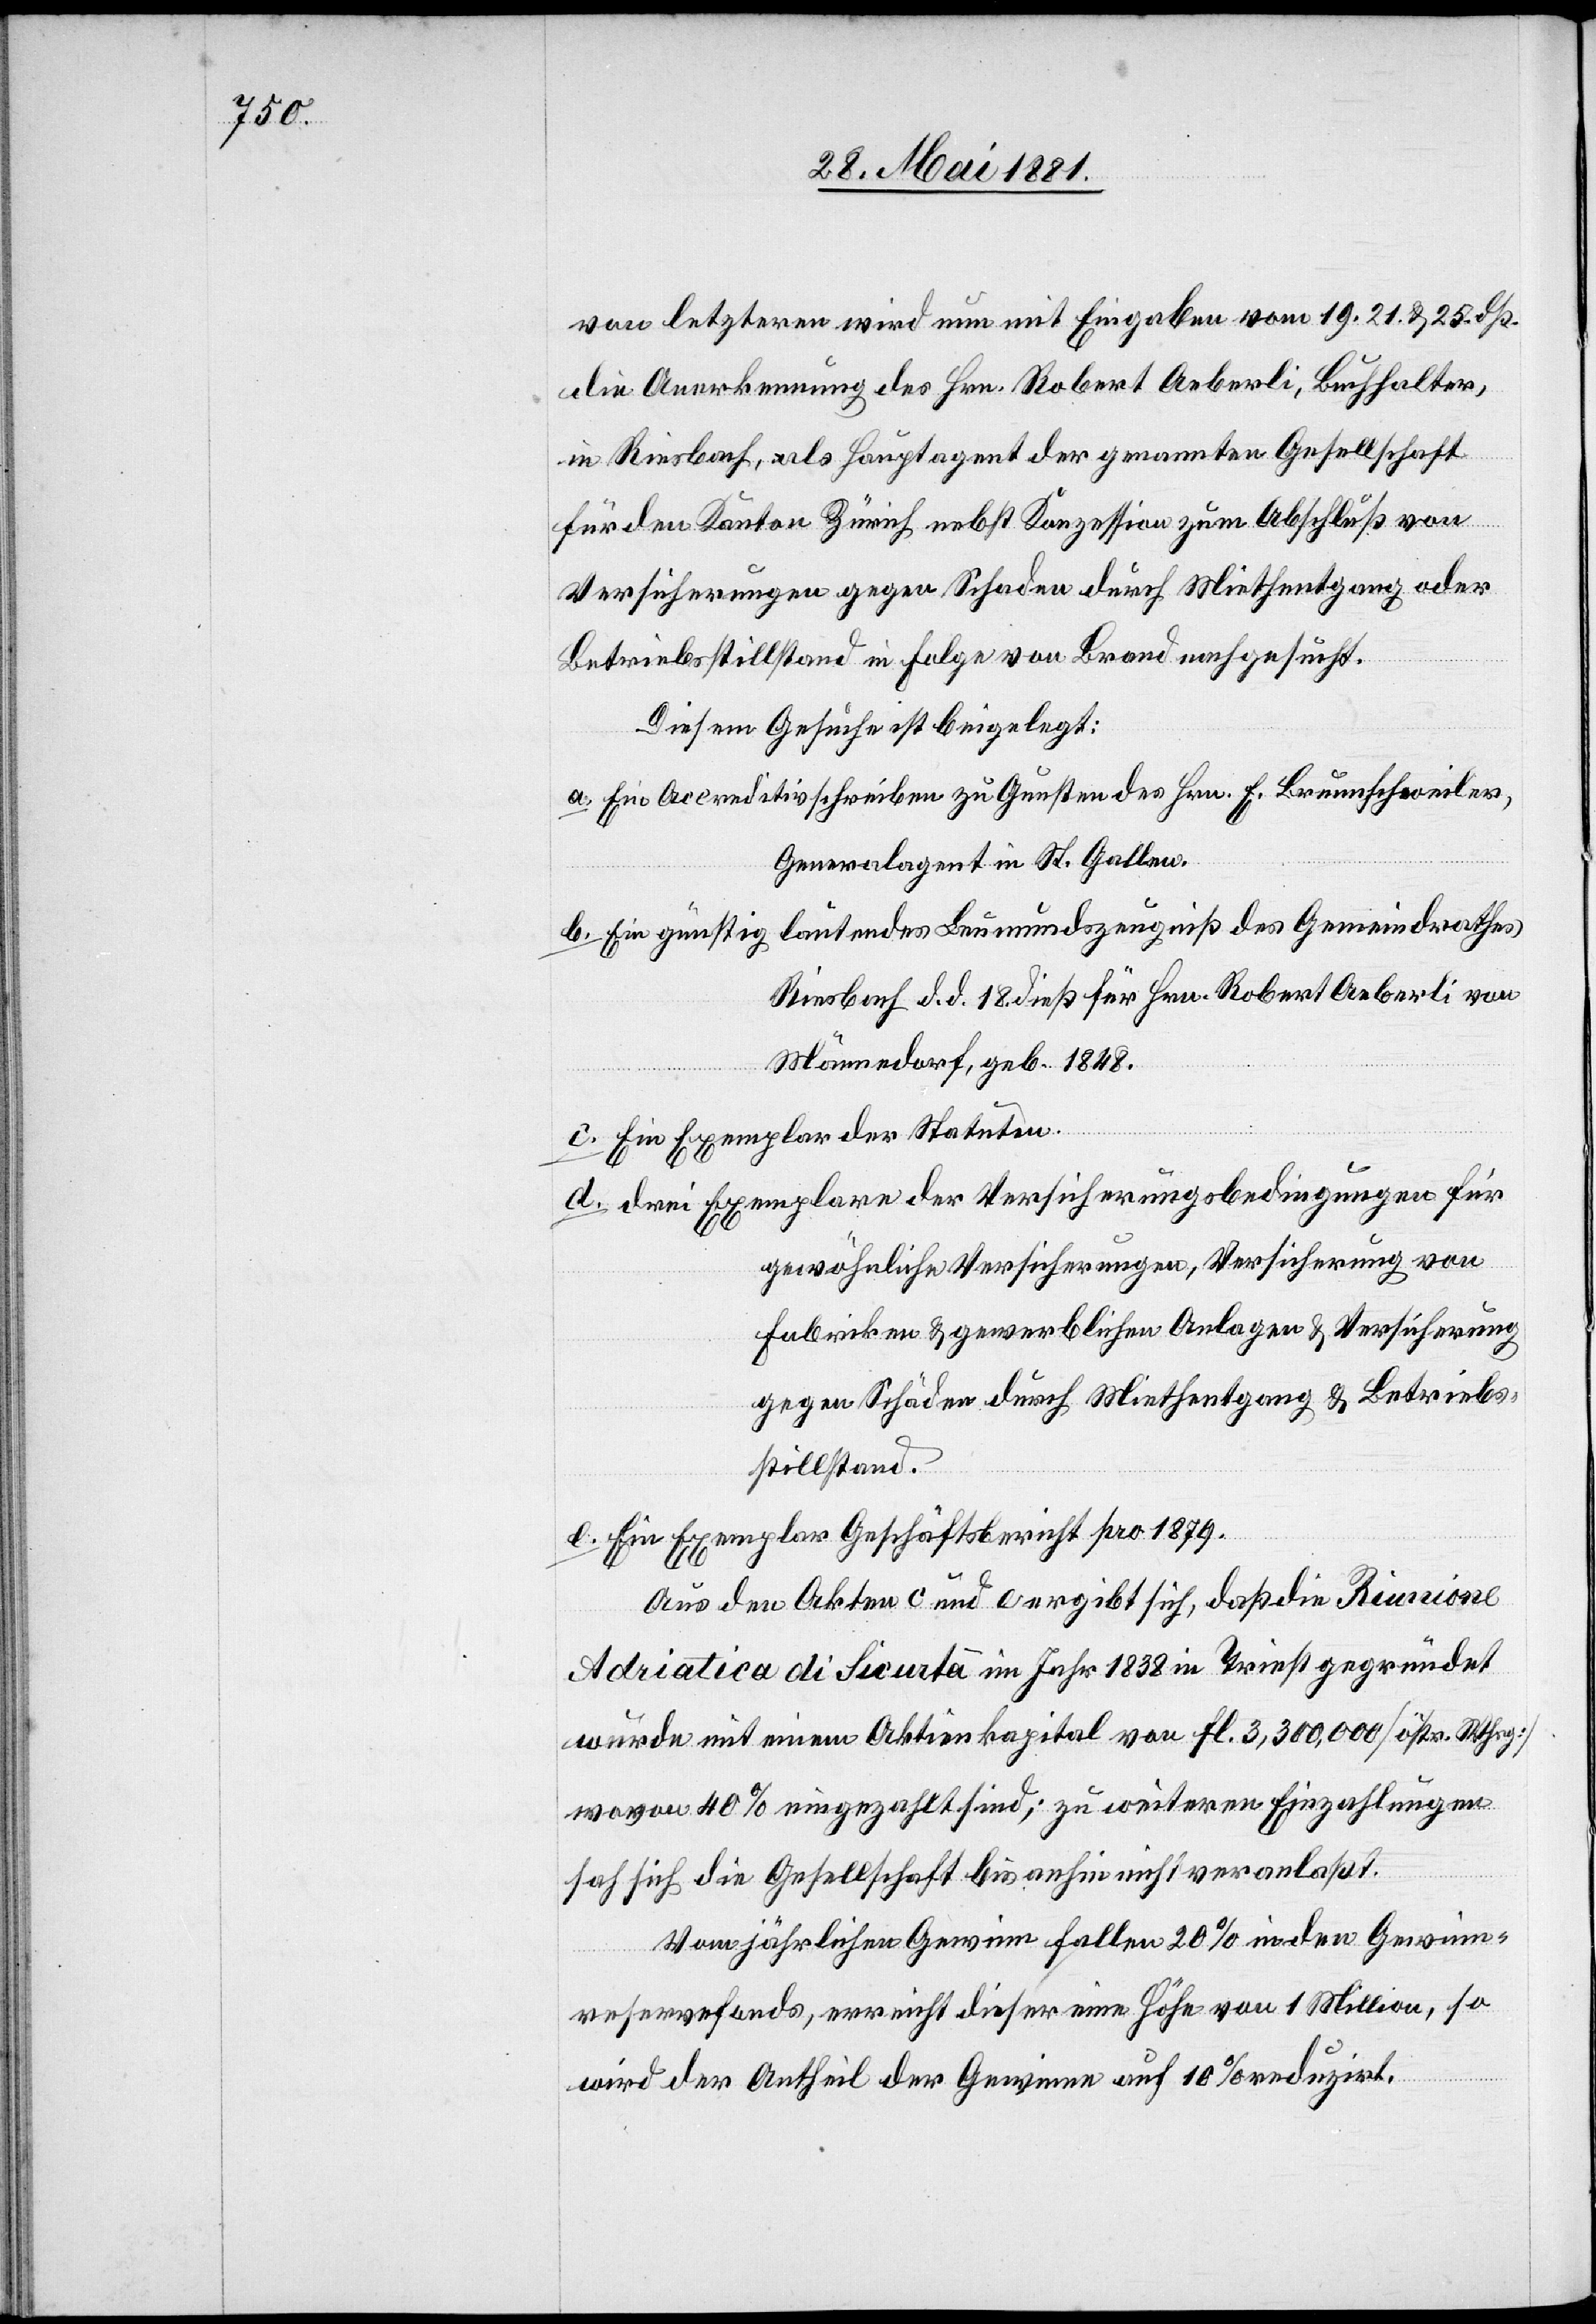
von letzterer wird nun mit Eingabe vom 19.[,] 21. & 25. dß.
die Anerkennung des Hrn. Robert Aeberli, Buchhalter,
e. Ein
in Riesbach, als Hauptagent der genannten Gesellschaft
für den Kanton Zürich nebst Konzession zum Abschluß von
Versicherungen gegen Schaden durch Miethentgang oder
Betriebsstillstand in Folge von Brand nachgesucht.
Diesem Gesuche ist beigelegt:
a. Ein Accreditivschreiben zu Gunsten des Hrn. E. Brunnschweiler,
Generalagent in St. Gallen
b. Ein günstig lautendes Leumundszeugniß des Gemeindrathes
Riesbach d. d. 18. dieß für Hrn. Robert Aeberli von
Männedorf, geb. 1848.
c. Ein Exemplar der Statuten.
d. drei Exemplare der Versicherungsbedingungen für
gewöhnliche Versicherungen, Versicherung von
Fabriken & gewerblichen Anlagen & Versicherung
gegen Schäden durch Miethentgang & Betrieb¬
stillstand.
Aus den Akten c und e ergibt sich, daß die Riunione
Adriatica di Sicurtà im Jahr 1838 in Triest gegründet
wurde mit einem Aktienkapital von fl 3,300,000 [östr. Whrg.]
wovon 40% eingezahlt sind; zu weiteren Einzahlungen
hat sich die Gesellschaft bis anhin nicht veranlaßt.
Vom jährlichen Gewinn fallen 20% in den Gewinn¬
reservefonds, erreicht dieser eine Höhe von 1 Million, so
wird der Antheil der Gewinne auf 10% reduzirt.